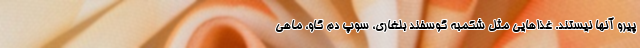
پیرو آنها نیستند. غذاهایی مثل شکمبه‌ گوسفند بلغاری، سوپ دم گاو، ماهی